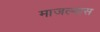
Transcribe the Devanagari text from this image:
माजल्यास